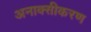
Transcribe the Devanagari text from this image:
अनाक्सीकरण